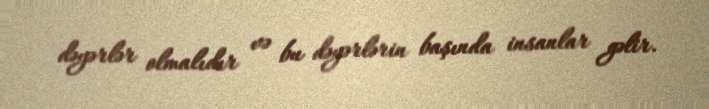
dəyərlər olmalıdır və bu dəyərlərin başında insanlar gəlir.